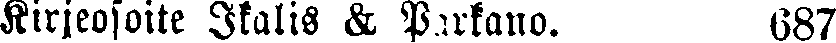
Kirjeosoite Ikalis & Pirkano.  687